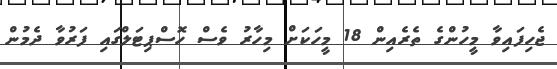
ޖެހިފައިވާ މީހުންގެ ތެރެއިން 18 މީހަކަށް މިހާރު ވެސް ހޮސްޕިޓަލްގައި ފަރުވާ ދެމުން